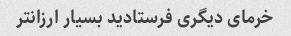
خرمای دیگری فرستادید بسیار ارزانتر